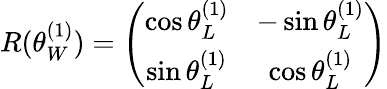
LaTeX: R(\theta_{W}^{(1)})=\left(\begin{array}{cc}{{\cos\theta_{L}^{(1)}}}&{{-\sin\theta_{L}^{(1)}}}\\ {{\sin\theta_{L}^{(1)}}}&{{\cos\theta_{L}^{(1)}}}\end{array}\right)